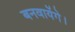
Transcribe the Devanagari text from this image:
बनवायेंगे।